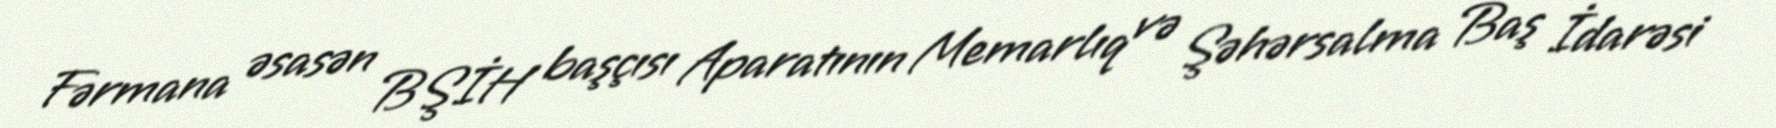
Fərmana əsasən BŞİH başçısı Aparatının Memarlıq və Şəhərsalma Baş İdarəsi